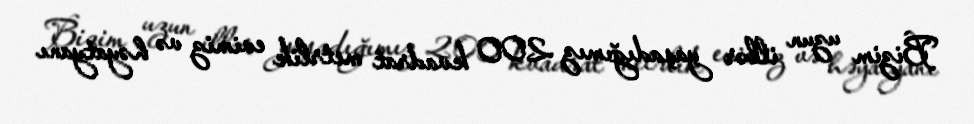
Bizim uzun illər yaşadığımız 200 kvadrat metrlik evimiz və həyatyanı